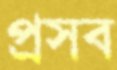
প্রসব